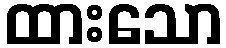
ထားသော